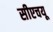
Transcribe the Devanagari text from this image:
सीएचयू